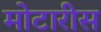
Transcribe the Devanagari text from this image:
मोटारीस